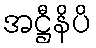
အဋ္ဌီနိပိ